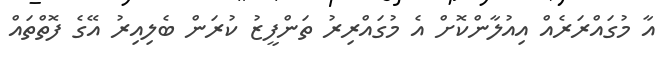
އާ މުގައްރަރެއް އިއުލާންކޮށް އެ މުގައްރިރު ތަންފީޒު ކުރަން ބެލިއިރު އޭގެ ފޮތްތައް